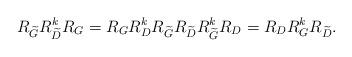
LaTeX: \begin{align*}R_{\widetilde{G}} R_{\widetilde{D}}^k R_G = R_{G} R_D^k R_{\widetilde{G}} R_{\widetilde{D}} {R_{\widetilde{G}}^k} R_D = R_{D} R_G^k {R_{\widetilde{D}}}.\end{align*}